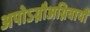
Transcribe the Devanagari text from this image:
अपोऽग्नौअग्निवायौ